画像に写った文字を読んでください
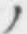
「ノ」と書いてあります